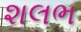
શલભ